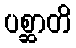
ပစ္ဆာတိ